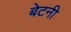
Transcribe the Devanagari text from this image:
बेटनी